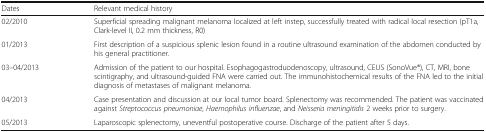
| Dates | Relevant medical history |
 | --- | --- |
 | 02/2010 | Superficial spreading malignant melanoma localized at left instep, successfully treated with radical local resection (pT1a, Clark-level II, 0.2 mm thickness, R0) |
 | 01/2013 | First description of a suspicious splenic lesion found in a routine ultrasound examination of the abdomen conducted by his general practitioner. |
 | 03–04/2013 | Admission of the patient to our hospital. Esophagogastroduodenoscopy, ultrasound, CEUS (SonoVue®), CT, MRI, bone scintigraphy, and ultrasound-guided FNA were carried out. The immunohistochemical results of the FNA led to the initial diagnosis of metastases of malignant melanoma. |
 | 04/2013 | Case presentation and discussion at our local tumor board. Splenectomy was recommended. The patient was vaccinated against Streptococcus pneumoniae, Haemophilus influenzae, and Neisseria meningitidis 2 weeks prior to surgery. |
 | 05/2013 | Laparoscopic splenectomy, uneventful postoperative course. Discharge of the patient after 5 days. |